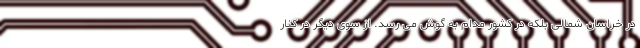
در خراسان شمالی بلکه در کشور مدام به گوش می رسد. از سوی دیگر در کنار